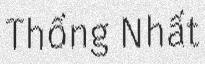
Thống Nhất